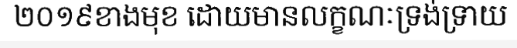
២០១៩ខាងមុខ ដោយមានលក្ខណៈទ្រង់ទ្រាយ